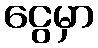
ငွေမှာ